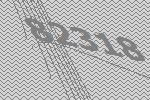
82318